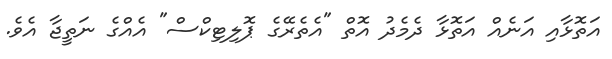
އަތޮޅާއި އަނެއް އަތޮޅާ ދެމެދު އޮތް "އެތެރޭގެ ޕޮލިޓިކްސް" އެއްގެ ނަތީޖާ އެވެ.